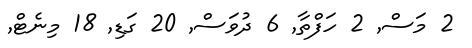
2 މަސް